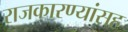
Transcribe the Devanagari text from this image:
राजकारण्यांसह